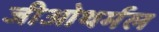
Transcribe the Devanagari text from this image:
जीओथर्मल